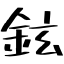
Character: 鉉